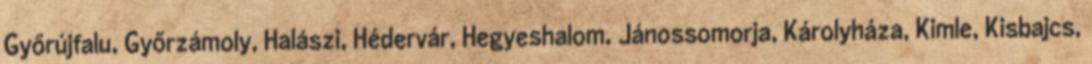
Győrújfalu, Győrzámoly, Halászi, Hédervár, Hegyeshalom, Jánossomorja, Károlyháza, Kimle, Kisbajcs,